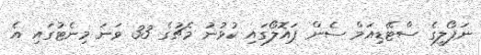
ނަޕޯލީގެ ސްޓޭޑިއަމް ސެން ޕައޮލޯގައި ކުޅުނު މެޗުގެ 33 ވަނަ މިނެޓުގައި އެ